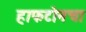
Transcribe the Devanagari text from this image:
हाफटोनचा